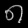
Digit: ၈